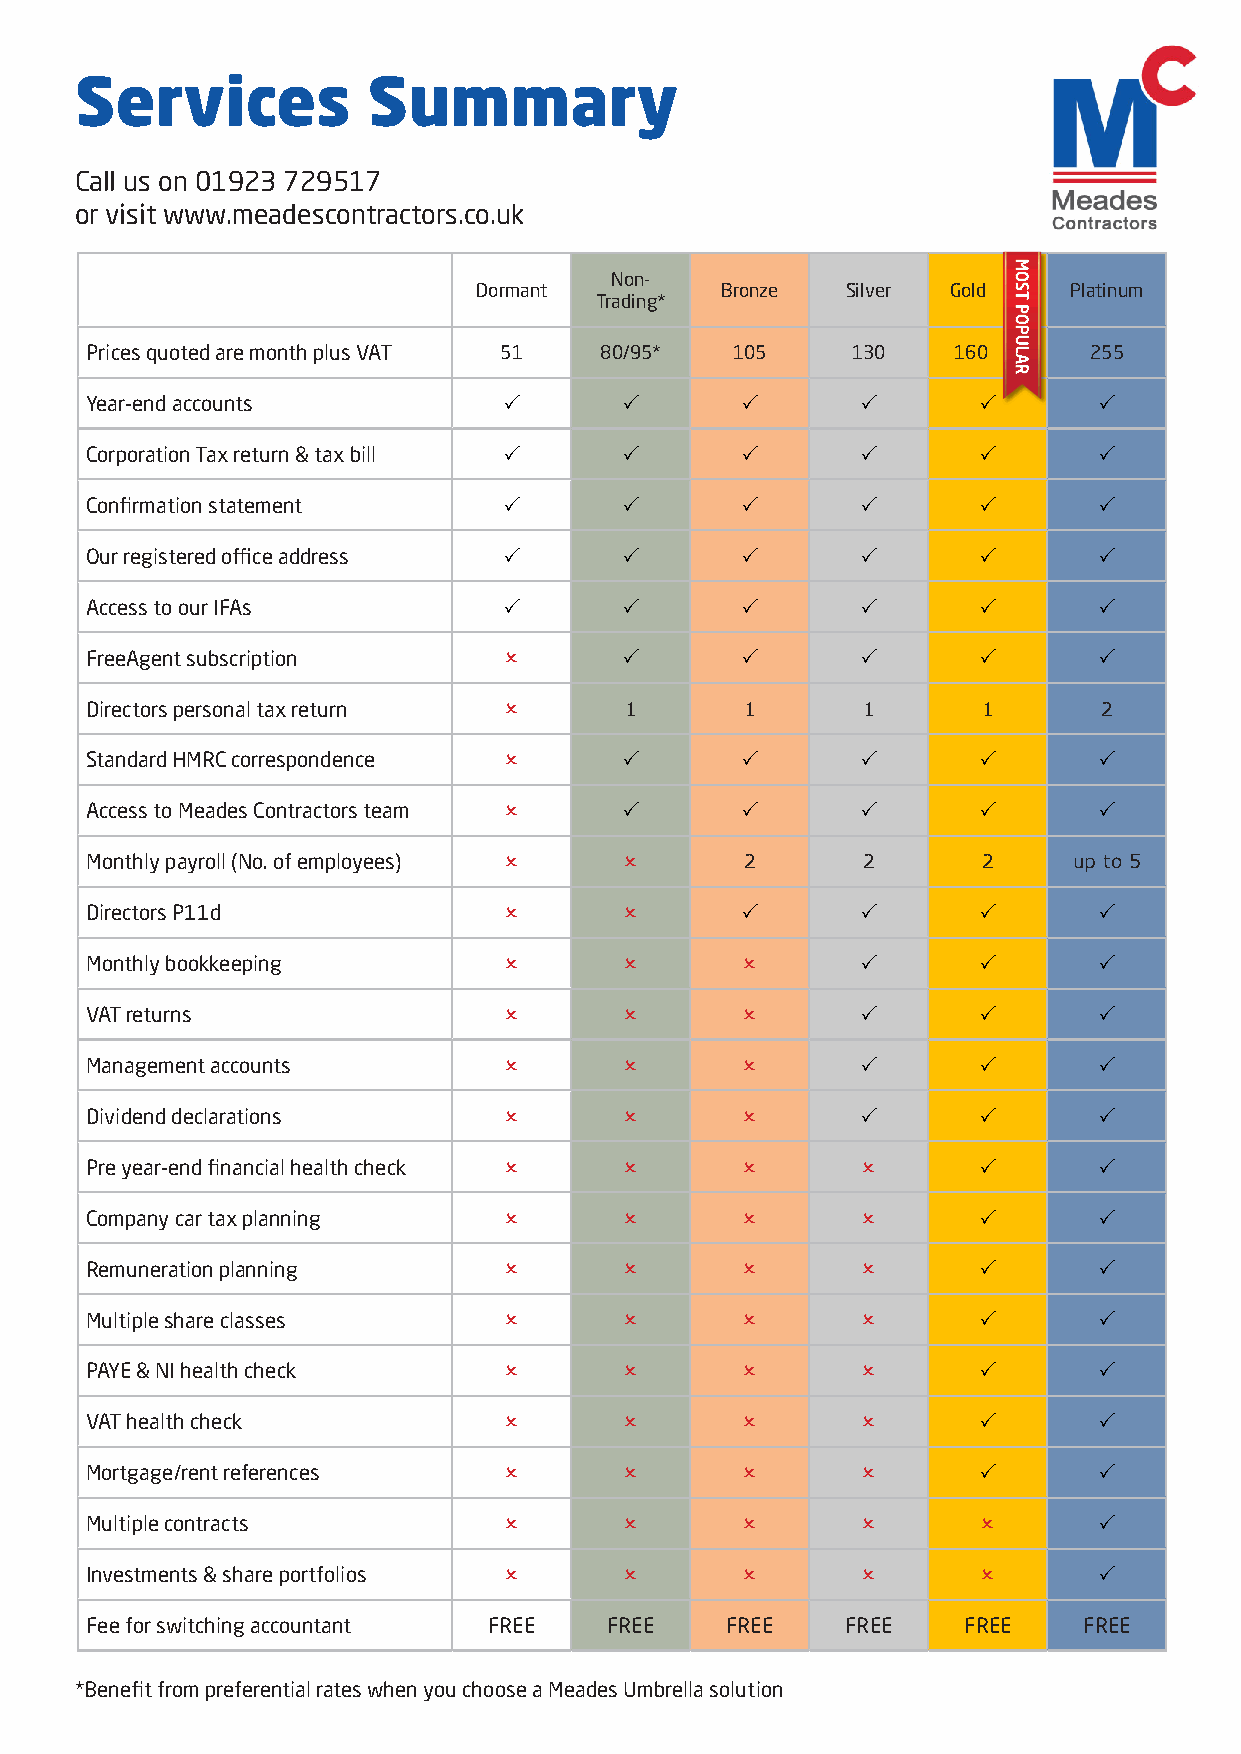
Services           Summary
 Call us on 01923 729517
 or visit www.meadescontractors.co.uk
 Non-
 Dormant         Bronze  Silver Gold    Platinum
 Trading*
 Prices quoted are month plus VAT 51 80/95* 105    130    160      255
 Year-end accounts                                             
 Corporation Tax return & tax bill                             
 Confirmation statement                                        
 Our registered office address                                 
 Access to our IFAs                                            
 FreeAgent subscription                                        
 Directors personal tax return     1       1       1       1       2
 Standard HMRC correspondence                                  
 Access to Meades Contractors team                             
 Monthly payroll (No. of employees)       2       2       2     up to 5
 Directors P11d                                                
 Monthly bookkeeping                                           
 VAT returns                                                   
 Management accounts                                           
 Dividend declarations                                         
 Pre year-end financial health check                           
 Company car tax planning                                      
 Remuneration planning                                         
 Multiple share classes                                        
 PAYE & NI health check                                        
 VAT health check                                              
 Mortgage/rent references                                      
 Multiple contracts                                            
 Investments & share portfolios                                
 Fee for switching accountant FREE FREE    FREE    FREE    FREE    FREE
 *Benefit from preferential rates when you choose a Meades Umbrella solution